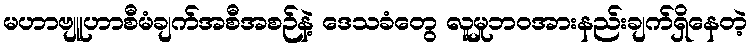
မဟာဗျူဟာစီမံချက်အစီအစဉ်နဲ့ ဒေသခံတွေ လူမှုဘဝအားနည်းချက်ရှိနေတဲ့